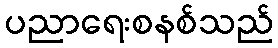
ပညာရေးစနစ်သည်